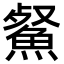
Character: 䱗